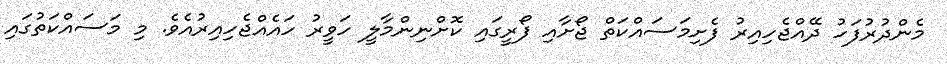
މެންދުރުފަހު ދޭއްޖެހިއިރު ފެށިމަސައްކަތް ޖޯށާއި ފޯރީގައި ކޮށްނިންމާލީ ހަވީރު ހައެއްޖެހިއިރުއެވެ. މި މަސައްކަތުގައި